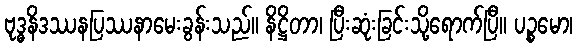
ဗုဒ္ဓနိဒဿနပြဿနာမေးခွန်းသည်။ နိဋ္ဌိတာ၊ ပြီးဆုံးခြင်းသို့ရောက်ပြီ။ ပဉ္စမော၊